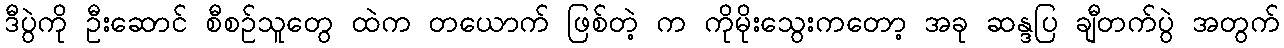
ဒီပွဲကို ဦးဆောင် စီစဉ်သူတွေ ထဲက တယောက် ဖြစ်တဲ့ က ကိုမိုးသွေးကတော့ အခု ဆန္ဒပြ ချီတက်ပွဲ အတွက်